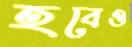
হবেও